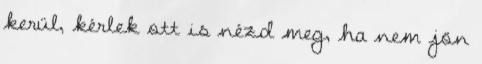
kerül, kérlek ott is nézd meg, ha nem jön